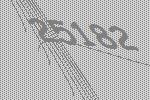
25182